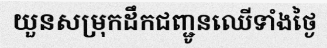
យួនសម្រុកដឹកជញ្ជូនឈើទាំងថ្ងៃ